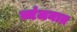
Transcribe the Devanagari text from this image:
व्यंजनात